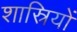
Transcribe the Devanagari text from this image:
शास्रियों